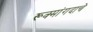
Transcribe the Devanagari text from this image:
रूक्मांगदाचे